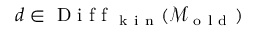
d \in \mathrm { ~ D ~ i ~ f ~ f ~ } _ { \mathrm { ~ k ~ i ~ n ~ } } ( \mathcal { M } _ { \mathrm { ~ o ~ l ~ d ~ } } )